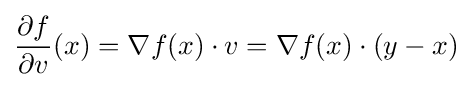
{\frac {\partial f}{\partial v}}(x)=\nabla f(x)\cdot v=\nabla f(x)\cdot (y-x)